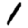
Digit: 1